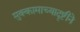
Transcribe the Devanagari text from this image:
मुक्कामाच्यादृष्टीने